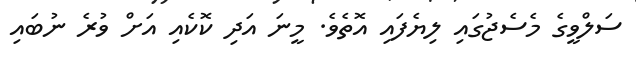
ސަލްވީގެ މެސެޖުގައި ލިޔެފައި އޮތެވެ. މީނަ އަދި ކޮކެއި އަށް ވުރެ ނުބައި